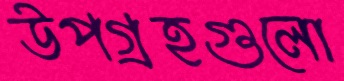
উপগ্রহগুলো